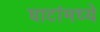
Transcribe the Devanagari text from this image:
घाटांमध्ये